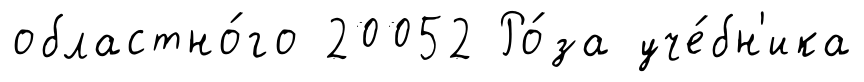
областно́го 20052 Ро́за уче́бн'ика